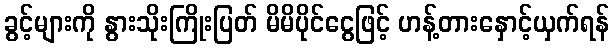
ခွင့်များကို နွားသိုးကြိုးပြတ် မိမိပိုင်ငွေဖြင့် ဟန့်တားနှောင့်ယှက်ရန်